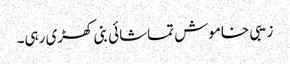
زیبی خاموش تماشائی بنی کھڑی رہی۔